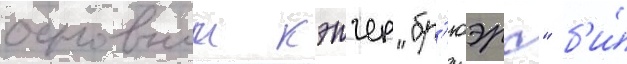
основнои кэтчер "бр'юэрс" б'и́